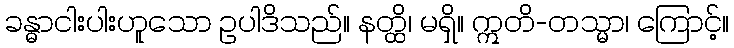
ခန္ဓာငါးပါးဟူသော ဥပါဒိသည်။ နတ္ထိ၊ မရှိ။ ဣတိ-တသ္မာ၊ ကြောင့်။